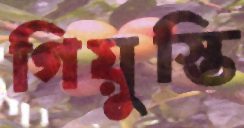
গিয়ুস্তি